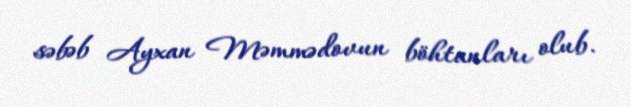
səbəb Ayxan Məmmədovun böhtanları olub.